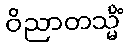
ဝိညာတသ္မိံ